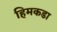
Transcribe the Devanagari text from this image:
हिमकडा